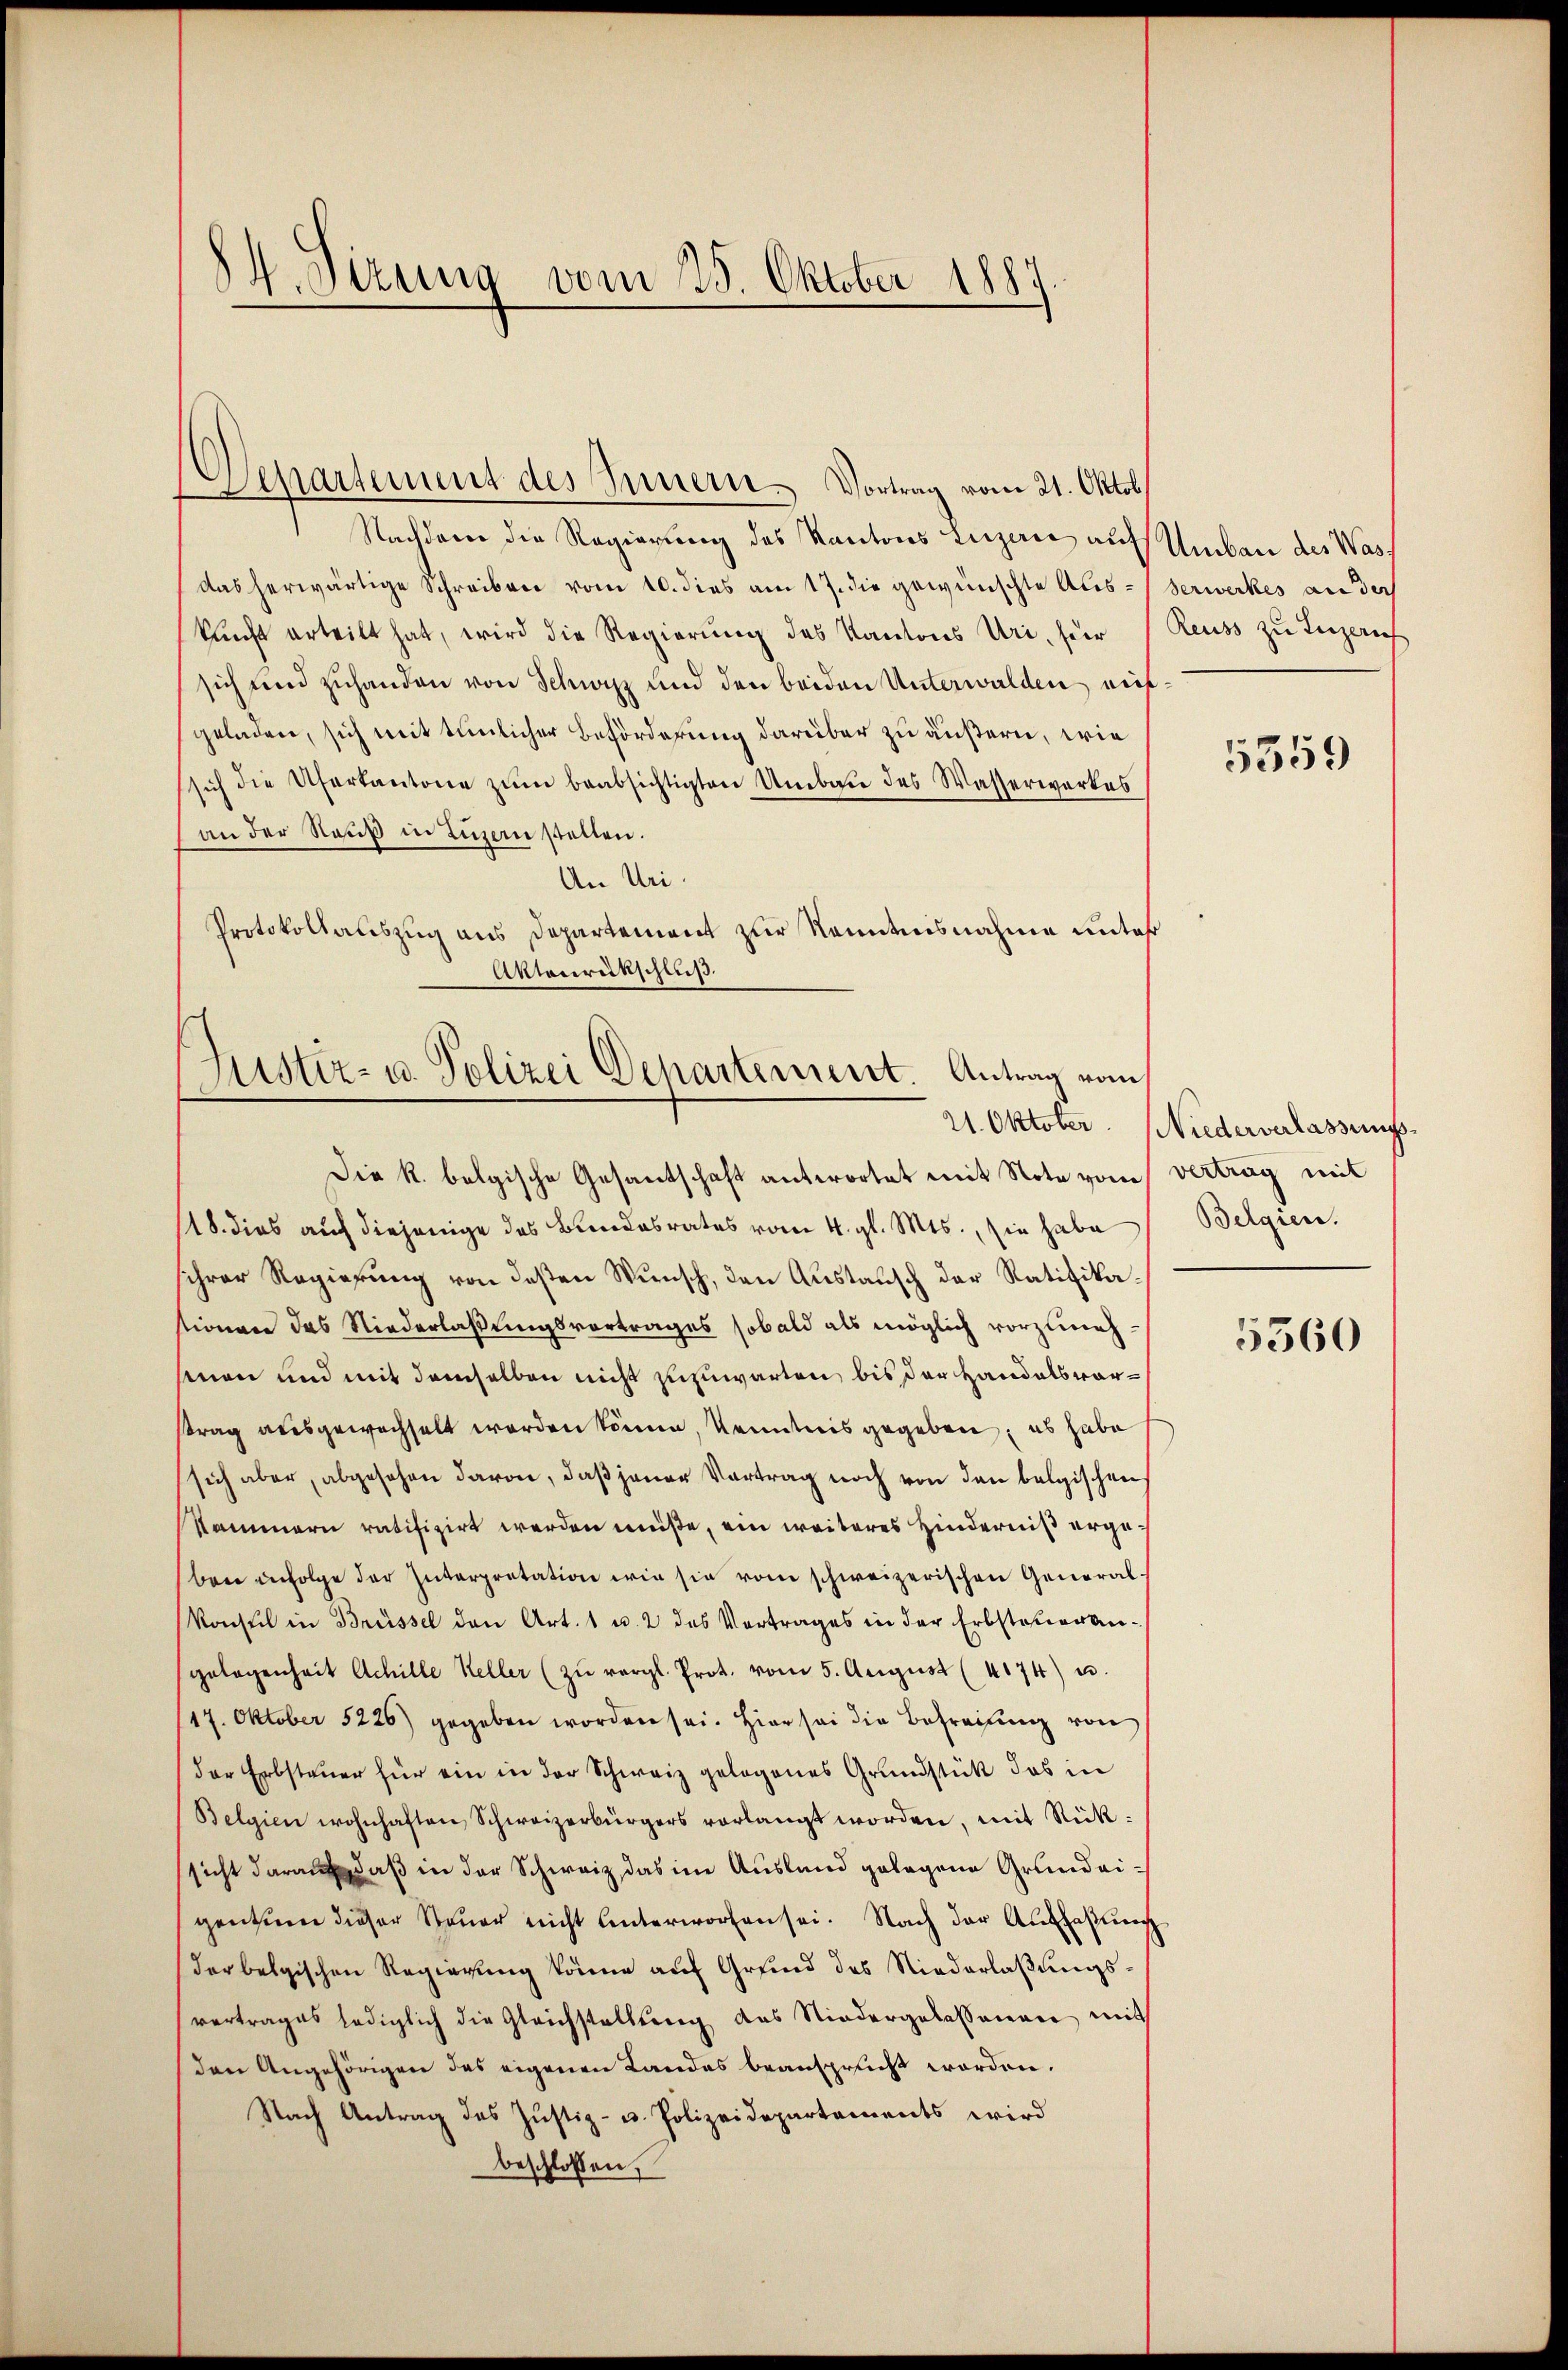
4. Sirung vom 25. Oktober 1887

Nachdener die Regierung des Kantons Luzere auf Umbau des Wass
das herwärtige Schreiben vom 10. dies am 17. die gewünschte Aus-Verwerkes an doch
kunft erteilt hat, wird die Regierung des Kantons Uri, für Reuss zu Leizeris
sich und zuhanden von Schwyz und den beiden Unterwalden mitgeladen, sich mit tunlicher Beförderung darüber zu äußern, wie
sich die Uferkantone zŭm beabsichtigten Umbare des Wasserwerkes
an der Rauß in Luzern stellen.
An Uri.
Protokollauszug aus Departement zur Kenntnisnahme unter
Aktenrückschluß.

Separtement des Innern Vortrag vom 21. Oktob

Fister- u. Polizei Departement. Antrag vom

Die k. belgische Gesantschaft antwortet mit Note vom vertrag mit
18. dies auch diejenige das Bundesrates vom 4. gl. Mts., sie habe
schrer Regierung von desten Wunsch, den Austausch der Ratifikastionen das Niederlaßungsvortrages sobald als möglich vorzunehsinen und mit demselben nicht zuzuwarten, bis der Handelsvorstrag ausgewachselt werden könne, Kenntnis gegeben, es habe
sich aber, abgesehen davon, daß jener Vortrag noch von den belgischen
Nammern ratifizirt werden müße, ein weiteres Hinderniß ergeber infolge der Interpretation wie sie vom schweizerischen General¬
Konsul in Brüssel den Art. 1 u. 2 des Vertrages in der Erbsteuerangelegenheit Achille Keller (zŭ vergl. Prot. vom 5. August (4174) u.
17. Oktober 5226) gegeben worden sei. Hier sei die Befreiung von
der Erbsteuer für ein in der Schweiz gelegenes Grundstück das in
Belgien wohnhaften Schweizerbürgers vorlangt worden, mit Rücksicht darauf, daß in der Schweiz, das im Ausland gelegene Grundeigentum dieser Steŭer nicht unterworfen sei. Nach der Auflassŭng
der belgischen Regierung könne auf Grund des Niederlaßungsvertrages lediglich die Gleichstellung des Niedergelassenen mit
(den Angehörigen des eigenen Landes beansprucht worden.
Nach Antrag des Justiz- u. Polizeidepartements wird
beschlossen,

5359

21. Oktober. Niederverlassungs¬
Belgien.

5560